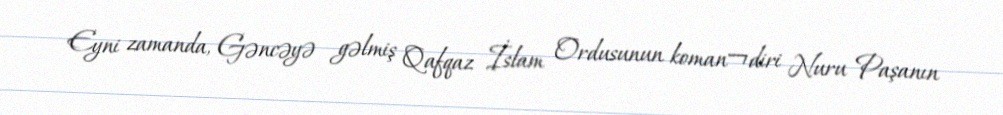
Eyni zamanda, Gəncəyə gəlmiş Qafqaz İslam Ordusunun koman¬diri Nuru Paşanın